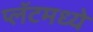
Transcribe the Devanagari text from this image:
प्लॅटमध्ये